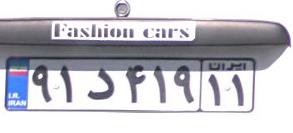
۹۱د۴۱۹۱۱